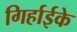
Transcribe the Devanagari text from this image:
गिर्हाईके